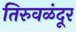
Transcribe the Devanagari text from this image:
तिरुवळंदूर